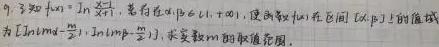
9. 已知$f(x)=\ln \frac {x}{2 - x}$,若存在$a,b∈(0,1)$,使得函数$f(x)$在区间$[a,b]$上的值域为$[\ln m(a - 1),\ln m(b - 1)]$,求实数$m$的取值范围.